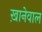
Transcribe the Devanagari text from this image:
ख़ानेवाल